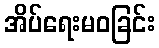
အိပ်ရေးမဝခြင်း